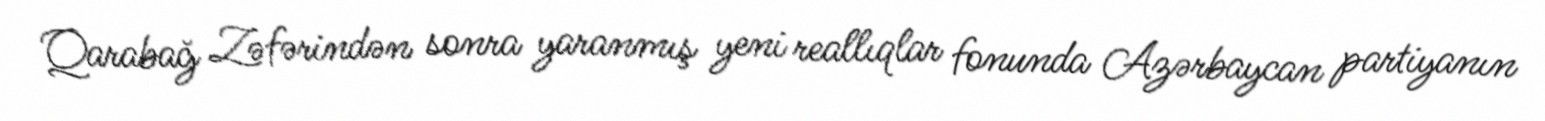
Qarabağ Zəfərindən sonra yaranmış yeni reallıqlar fonunda Azərbaycan partiyanın